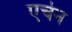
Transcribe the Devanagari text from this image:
एचेन